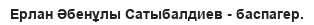
Ерлан Әбенұлы Сатыбалдиев - баспагер.